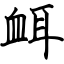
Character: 衈